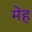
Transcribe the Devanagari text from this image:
मेंह